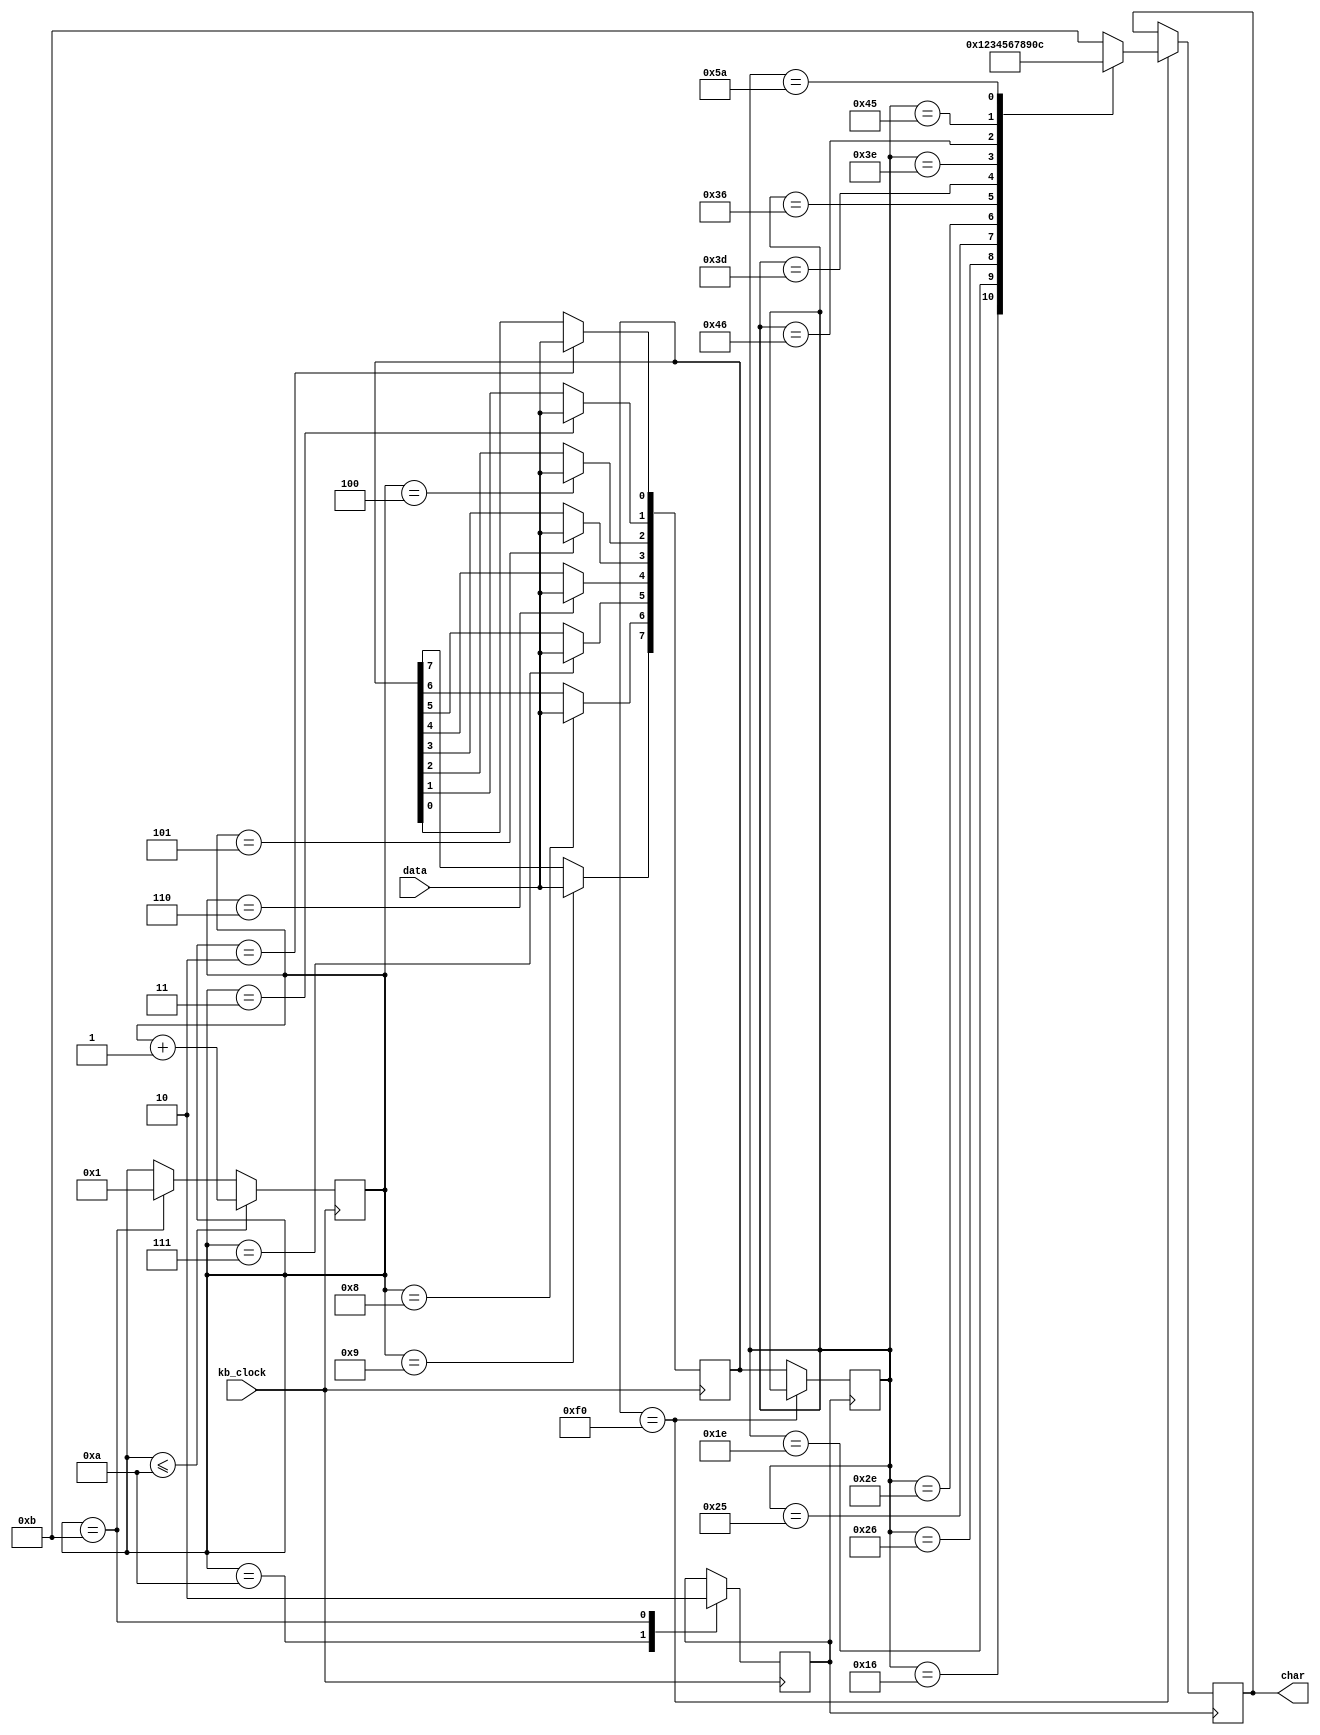
`timescale 1ns / 1ps
//////////////////////////////////////////////////////////////////////////////////
// Class: EEL5722C 
// 
// Design Name: PS2 Keyboard Interface
// Module Name:    keyb 
// Project Name: Lab Assignment 3
// Target Devices: Keyboard, Virtex 2P development kit
// Tool versions: 
// Description: all good no worries.
//
// Dependencies: 
//
// Revision: 
// Revision 0.01 - File Created
// Additional Comments: 
//
//////////////////////////////////////////////////////////////////////////////////
module keyb(
input wire kb_clock, // This is the clock signal from Keyboard
input wire data, //This is the clock signal from Keyboard
output reg [3:0] char//charoutputs on the kit
);

//=============================== Declare Additional Registers required =========== Start ===========
reg [7:0] d_current;
reg [7:0] d_previous;
reg [3:0] count;
reg break;
//=============================== Declare Additional Registers required =========== End ===========

//=============================== Intialize the declared Registers =========== Start ===========
initial
begin
count<=4'h1; // count to keep a track of the current data bit
break<=1'b0;
d_current<=8'hf0;
d_previous<=8'hf0;
char<=3'b0;
end
//=============================== Intialize the declared Registers =========== End ===========

//============================ Receive the data from keyboard ================== Start ========
always @(negedge kb_clock) //at the falling edge of the clock
begin
case(count)
1:; //starting bit
2:d_current[0]<=data; // read next 8 data bits
3:d_current[1]<=data;
4:d_current[2]<=data;
5:d_current[3]<=data;
6:d_current[4]<=data;
7:d_current[5]<=data;
8:d_current[6]<=data;
9:d_current[7]<=data;
10:break<=1'b1; //Parity bit
11:break<=1'b0; //Ending bit
endcase
 if(count<=10)
 count<=count+1;
 else if(count==11)
 count<=1;
end
//============================ Receive the data from keyboard ================== END ========

//============================ Display the read data ================== Start ========
always@(posedge break) // Printing data obtained to charlights
begin
if(d_current==8'hf0)
begin
case(d_previous)
8'h16: char<= 4'b0001;  //1
8'h1E: char<= 4'b0010; //2
8'h26: char<= 4'b0011; //3
8'h25: char<= 4'b0100; //4
8'h2E: char<= 4'b0101; //5
8'h36: char<= 4'b0110; //6
8'h3D: char<= 4'b0111; //7
8'h3E: char<= 4'b1000; //8
8'h46: char<= 4'b1001; //9
8'h45: char<= 4'b0000; //0
8'h5A: char<= 4'b1100; //Enter Key
default: char<= 4'b1011; // display E
endcase
end
 else
 d_previous<=d_current;
//============================ Display the read data ================== END ========
end endmodule